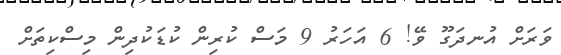
ވަރަށް އުނދަގޫ ވޭ! 6 އަހަރު 9 މަސް ކުރިން ކުޑަކުދިން މިސްކިތަށް